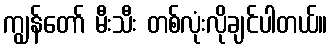
ကျွန်တော် မီးသီး တစ်လုံးလိုချင်ပါတယ်။